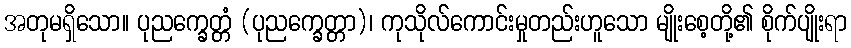
အတုမရှိသော။ ပုညက္ခေတ္တံ (ပုညက္ခေတ္တာ)၊ ကုသိုလ်ကောင်းမှုတည်းဟူသော မျိုးစေ့တို့၏ စိုက်ပျိုးရာ